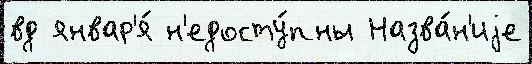
вд январ'я́ н'едосту́пны Назва́н'иjе